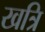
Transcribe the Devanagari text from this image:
खत्रि